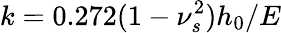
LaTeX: k=0.272(1-\nu_{s}^{2})h_{0}/E